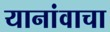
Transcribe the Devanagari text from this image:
यानांवाचा